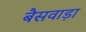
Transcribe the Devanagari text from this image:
बैसवाड़ा